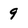
Character: 9